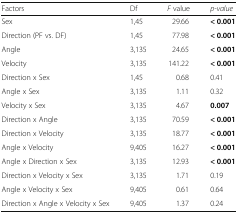
| Factors | Df | F value | p-value |
 | --- | --- | --- | --- |
 | Sex | 1,45 | 29.66 | < 0.001 |
 | Direction (PF vs. DF) | 1,45 | 77.98 | < 0.001 |
 | Angle | 3,135 | 24.65 | < 0.001 |
 | Velocity | 3,135 | 141.22 | < 0.001 |
 | Direction x Sex | 1,45 | 0.68 | 0.41 |
 | Angle x Sex | 3,135 | 1.11 | 0.32 |
 | Velocity x Sex | 3,135 | 4.67 | 0.007 |
 | Direction x Angle | 3,135 | 70.59 | < 0.001 |
 | Direction x Velocity | 3,135 | 18.77 | < 0.001 |
 | Angle x Velocity | 9,405 | 16.27 | < 0.001 |
 | Angle x Direction x Sex | 3,135 | 12.93 | < 0.001 |
 | Direction x Velocity x Sex | 3,135 | 1.71 | 0.19 |
 | Angle x Velocity x Sex | 9,405 | 0.61 | 0.64 |
 | Direction x Angle x Velocity x Sex | 9,405 | 1.37 | 0.24 |